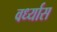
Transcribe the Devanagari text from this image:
वर्ध्यास